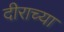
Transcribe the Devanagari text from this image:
दीराच्या